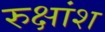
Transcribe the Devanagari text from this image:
रुक्षांश